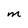
Character: M